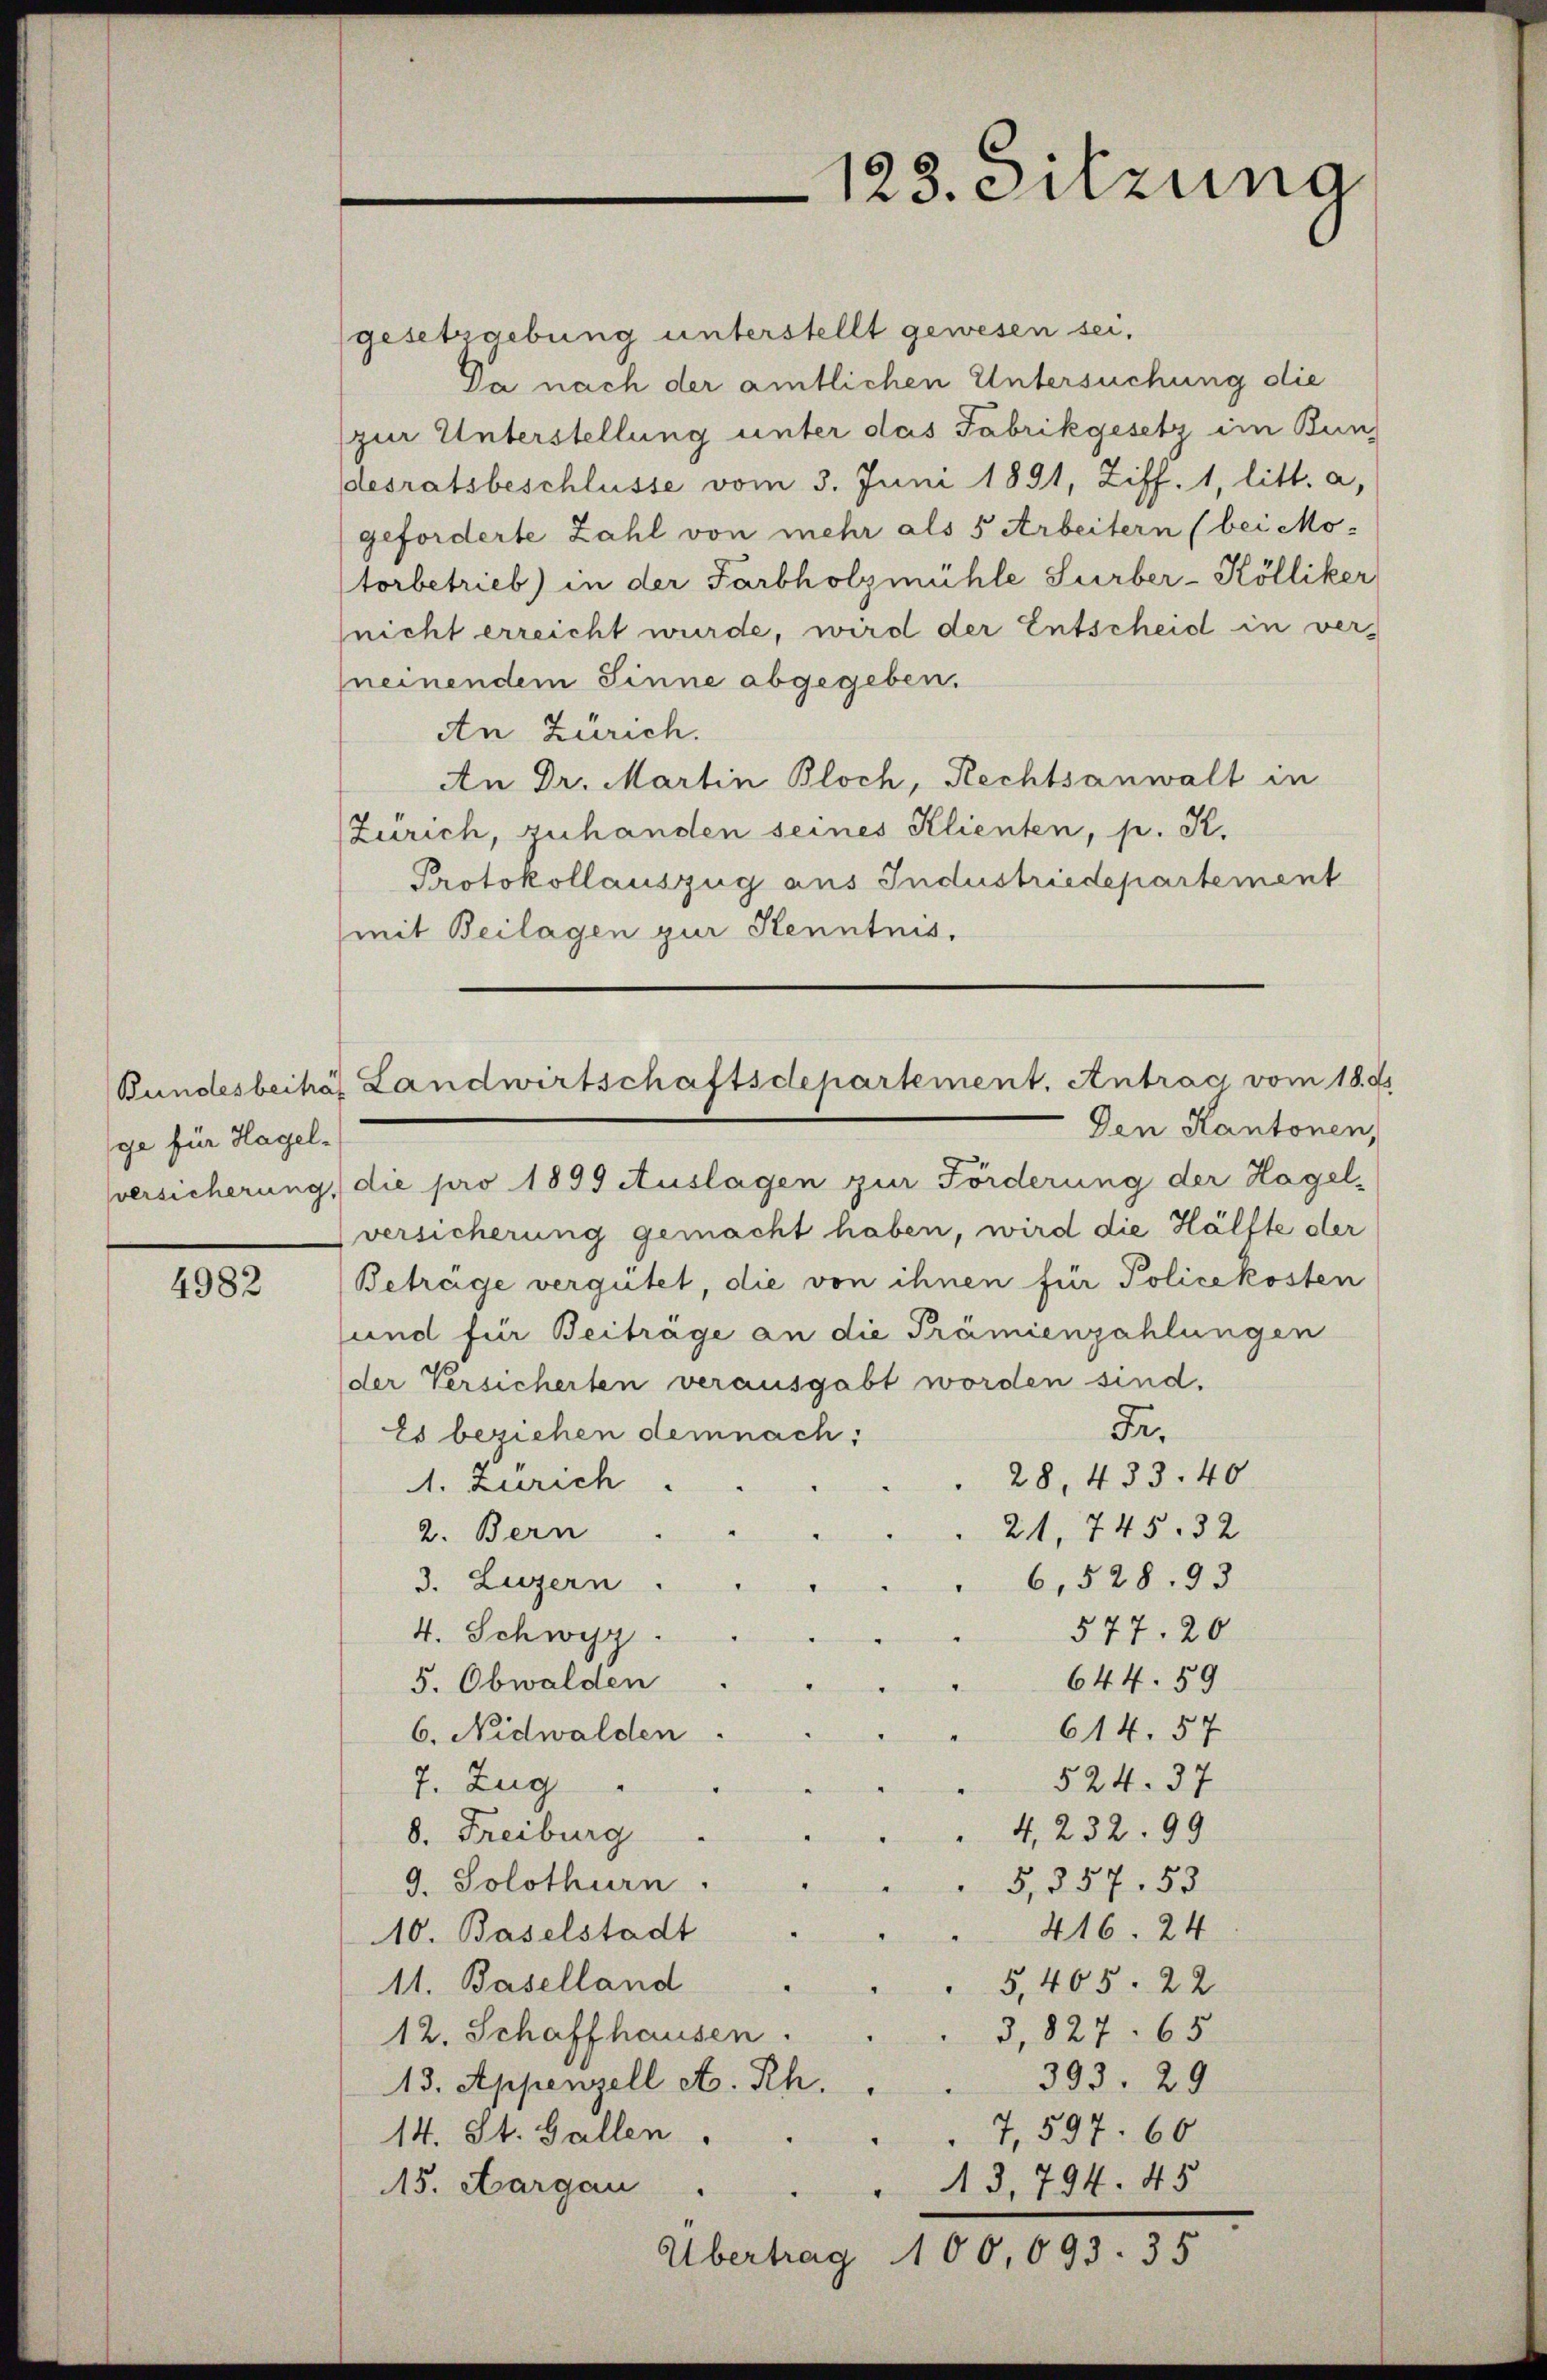
ge für Hagel¬

4982

(gesetzgebung unterstellt gewesen sei.
Da nach der amtlichen Untersuchung die
(zur Unterstellung unter das Fabrikgesetz im Bun
desratsbeschlüsse vom 3. Juni 1891, Ziff. 1, litt. a,
geforderte Zahl von mehr als 5 Arbeitern (bei Mo-
torbetrieb) in der Farbholzmühle Surber-Kölliker
(nicht erreicht wurde, wird der Entscheid in verneinendem Sinne abgegeben.
An Zürich.
An Dr. Martin Bloch, Rechtsanwalt in
Zürich, zuhanden seines Klienten, p. R.
Protokollauszug aus Industriedepartement
(mit Beilagen zur Kenntnis.
Den Kantonen,
versicherung, die pro 1899 Auslagen zur Förderung der Hagel-
versicherung gemacht haben, wird die Hälfte der
Beträge vergütet, die von ihnen für Policekosten
und für Beiträge an die Prämienzahlungen
der Versicherten verausgabt worden sind.
Fr.
Es beziehen demnach;
28, 433. 40
1. Zürich.
21, 745. 32
2. Bern
6,528. 93
3. Luzern.
577. 20
4. Schwyz
644. 59
5. Obwalden
614. 57
6. Nidwalden
524. 37
7. Zug
4,232. 99
8. Freiburg
9. Solothurn.
5, 357. 53
416. 24
10. Baselstadt
11. Baselland
5,405. 22
3,827. 65
12. Schaffhausen.
393. 29
13. Appenzell A. Rh.
7,597. 60
14. St. Gallen.
13,794. 45
15. Aargau
Übertrag 100,693. 35

Bundesbeihás Landwirtschaftsdepartement. Antrag vom 18. ds.

123. Sitzung